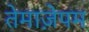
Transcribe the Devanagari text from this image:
तेमाज़ेपम